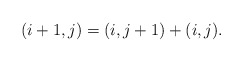
\begin{align*} (i+1,j) = (i,j+1) + (i,j) .\end{align*}